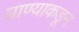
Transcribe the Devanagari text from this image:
प्राण्याकडून